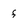
Character: f